Report on the cholera epidemic of
Year: 1868
Disease focus: Cholera
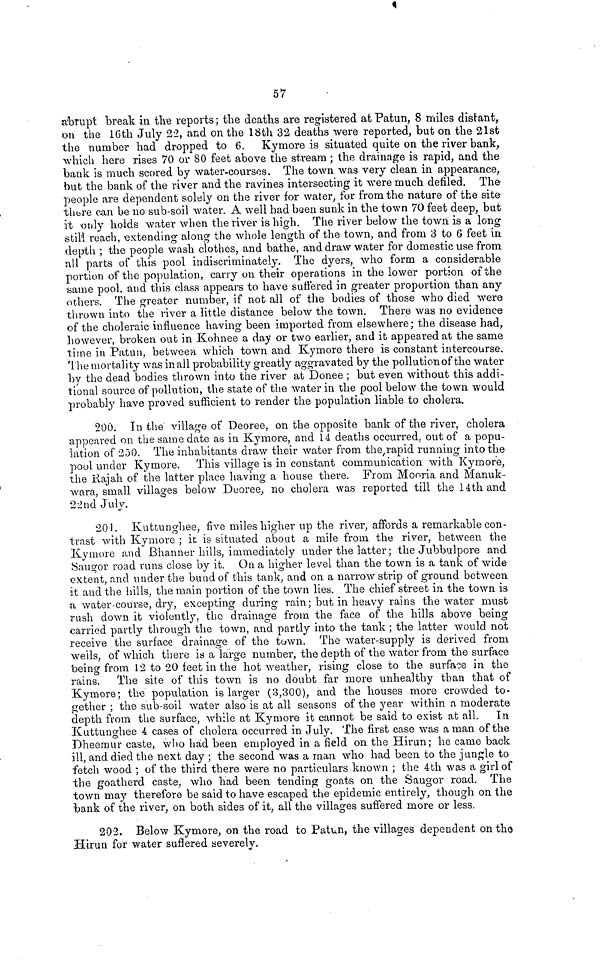
57
abrupt break in the reports ; the deaths are registered at Patun, 8 miles distant,
on the 16th July 22, and on the 18th 32 deaths were reported, but on the 2lst
the number had dropped to 6. Kymore is situated quite on the river bank,
which here rises 70 or 80 feet above the stream ; the drainage is rapid, and the
bank is much scored by water-courses. The town was very clean in appearance,
hut the bank of the river and the ravines intersecting it were much defiled. The
people are dependent solely on the river for water, for from the nature of the site
there can be no sub-soil water. A well had been sunk in the town 70 feet deep, but
it only holds water when the river is high. The river below the town is a long
still reach, extending along the whole length of the town, and from 3 to 6 feet in
depth ; the people wash clothes, and bathe, and draw water for domestic use from
all parts of this pool indiscriminately. The dyers, who form a considerable
portion of the population, carry on their operations in the lower portion of the
same pool, and this class appears to have suffered in greater proportion than any
others. The greater number, if not all of the bodies of those who died were
thrown into the river a little distance below the town. There was no evidence
of the choleraic influence having been imported from elsewhere; the disease had,
however, broken out in Kohnee a day or two earlier, and it appeared at the same
time in Patun, between which town and Kymore there is constant intercourse.
The mortality was in all probability greatly aggravated by the pollution of the water
by the dead bodies thrown into the river at Donee ; but even without this addi-
tional source of pollution, the state of the water in the pool below the town would
probably have proved sufficient to render the population liable to cholera.
200. In the village of Deoree, on the opposite bank of the river, cholera
appeared on the same date as in Kymore, and 14 deaths occurred, out of a popu-
lation of 250. The inhabitants draw their water from the rapid running into the
pool under Kymore. This village is in constant communication with Kymore,
the Rajah of the latter place having a house there. From Mooria and Manuk-
wara, small villages below Deoree, no cholera was reported till the 14th and
22nd July.
201. Kuttunghee, five miles higher up the river, affords a remarkable con-
trast with Kymore ; it is situated about a mile from, the river, between the
Kymore and Bhanner hills, immediately under the latter ; the Jubbulpore and
Saugor road runs close by it. On a higher level than the town is a tank of \vide
extent, and under the bund of this tank, and on a narrow strip of ground between
it and the hills, the main portion of the town lies. The chief street in the town is
a water-course, dry, excepting during rain ; but in heavy rains the water must
rush down it violently, the drainage from the face of the hills above being
carried partly through the town, and partly into the tank ; the latter would not
receive the surface drainage of the town. The water-supply is derived from
weils, of which there is a large number, the depth of the water from the surface
being from 12 to 20 feet in the hot weather, rising close to the surface in the
rains. The site of this town is no doubt far more unhealthy than that of
Kymore; the population is larger (3,300), and the houses more crowded to-
gether ; the sub-soil water also is at all seasons of the year within a moderate
depth from the surface, while at Kymore it cannot be said to exist at all. In
Kuttunghee 4 cases of cholera occurred in July. The first case was a man of the
Dheemur caste, who had been employed in a field on the Hirun; he came back
ill, and died the next day ; the second was a man who had been to the jungle to
fetch wood ; of the third there were no particulars known ; the 4th was a girl of
the goatherd caste, who had been tending goats on the Saugor road. The
town may therefore be said to have escaped the epidemic entirely, though on the
bank of the river, on both sides of it, all the villages suffered more or less.
202. Below Kymore, on the road to Patun, the villages dependent on the
Hirun for water suffered severely.